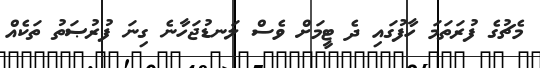
މެޗުގެ ފުރަތަމަ ހާފުގައި ދެ ޓީމަށް ވެސް ލަނޑުޖަހާނެ ގިނަ ފުރުޞަތު ތަކެއް